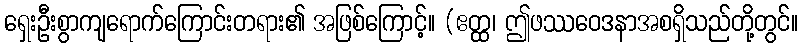
ရှေးဦးစွာကျရောက်ကြောင်းတရား၏ အဖြစ်ကြောင့်။ (ဧတ္ထ၊ ဤဖဿဝေဒနာအစရှိသည်တို့တွင်။